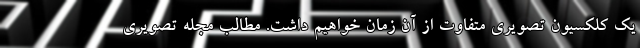
یک کلکسیون تصویری متفاوت از آن زمان خواهیم داشت. مطالب مجله تصویری